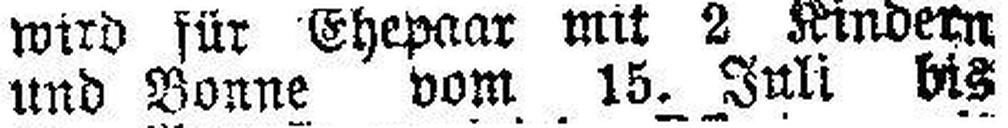
und Bonne vom 15 Juli bis